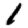
Digit: 1